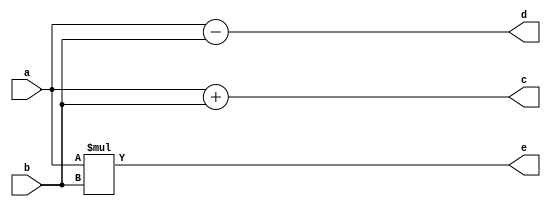
// code for arithmetic 
module arithmetic(
  input a,b,
  output c,d,e);
  assign c=a+b;
  assign d=a-b;
  assign e=a*b;
endmodule